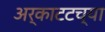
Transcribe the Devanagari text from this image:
अर्काटटच्या